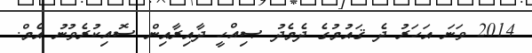
2014 ވަނަ އަހަރު ދެ ޤައުމުގެ ދެމެދު ޞިއްހީ ދާއިރާއިން ސޮއިކުރެވުނު އެމް.